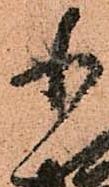
小